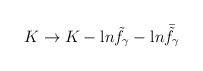
\begin{align*}K \rightarrow K - {\mbox ln} {\tilde f}_{\gamma} - {\mbox ln} {\bar{\tilde f}_{\gamma}}\end{align*}